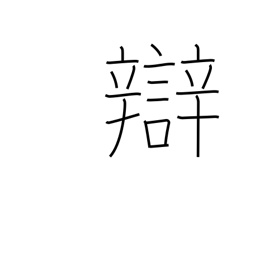
Meaning: dialect